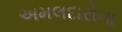
અમલદારોના